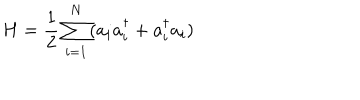
H = { \frac { 1 } { 2 } } \sum _ { i = 1 } ^ { N } ( a _ { i } a _ { i } ^ { \dagger } + a _ { i } ^ { \dagger } a _ { i } )